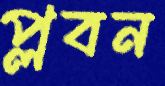
প্লবন